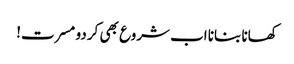
کھانا بنانا اب شروع بھی کر دو مسرت!